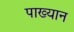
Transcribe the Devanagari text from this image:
पाख्यान